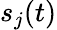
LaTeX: s_{j}(t)